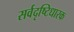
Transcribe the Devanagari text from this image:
सर्वदृष्टिधारक